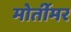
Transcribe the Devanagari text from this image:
मोर्तीमर